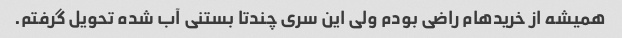
همیشه از خریدهام راضی بودم ولی این سری چندتا بستنی آب شده تحویل گرفتم.